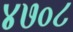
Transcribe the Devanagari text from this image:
४७०८